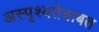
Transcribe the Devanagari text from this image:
अस्पृश्यतेबाबत